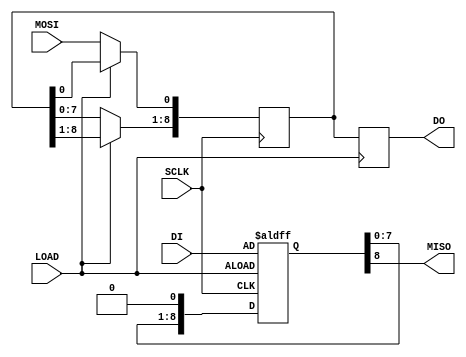
module spi_slave #(parameter m = 9)(
	input SCLK,
	input MOSI,
	input LOAD,
	input [m-1:0]DI,
	output reg [m-1:0]DO = 0,
	output MISO
);

reg [m-1:0]sr_SRX = 0;
reg [m-1:0]sr_STX = 0;

assign MISO = sr_STX[m-1];

always @(posedge LOAD)
	DO <= sr_SRX;

always @(posedge SCLK) begin
	if (LOAD)
		sr_SRX <= sr_SRX;
	else begin
		sr_SRX[m-1:1] <= sr_SRX[m-2:0];
		sr_SRX[0] <= MOSI;
	end
end

always @(negedge SCLK or posedge LOAD) begin
	if (LOAD)
		sr_STX <= DI;
	else
		sr_STX <= sr_STX << 1;
end

endmodule